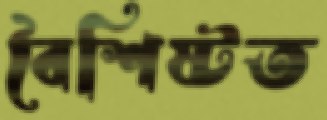
বৈশিষ্টত